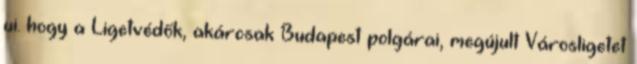
ui. hogy a Ligetvédők, akárcsak Budapest polgárai, megújult Városligetet